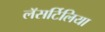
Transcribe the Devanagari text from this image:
लॅसर्टिलिया